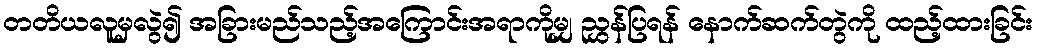
တတိယလူမှလွဲ၍ အခြားမည်သည့်အကြောင်းအရာကိုမျှ ညွှန်ပြရန် နောက်ဆက်တွဲကို ထည့်ထားခြင်း